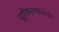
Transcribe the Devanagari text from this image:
पुष्टीकरणानंतर